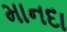
માનદા